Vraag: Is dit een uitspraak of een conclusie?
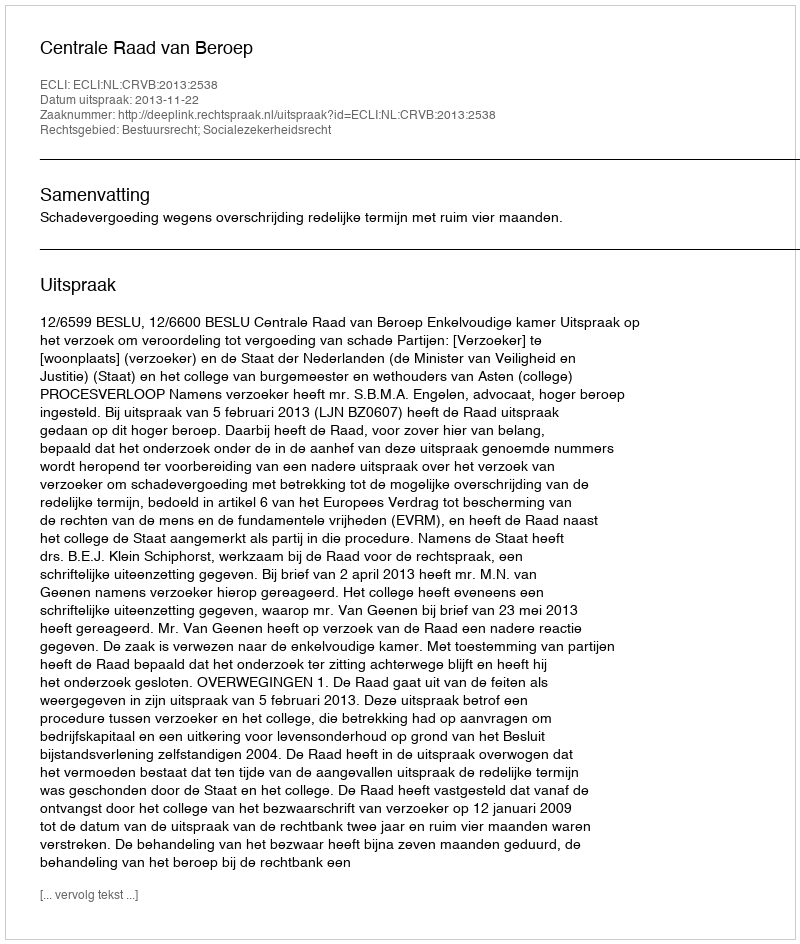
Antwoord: Uitspraak